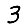
Digit: 3